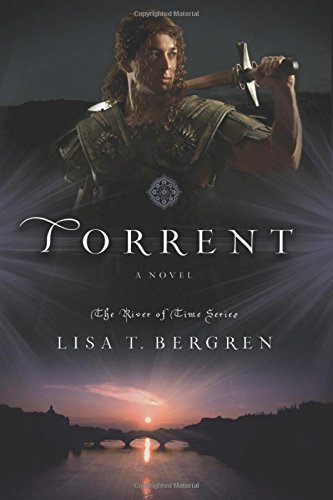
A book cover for Torrent: A Novel (River of Time Series); Lisa T. Bergren; Teen & Young Adult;